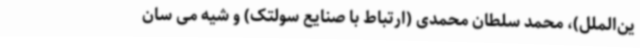
ین‌الملل)، محمد سلطان‌ محمدی (ارتباط با صنایع سولتک) و شیه می سان